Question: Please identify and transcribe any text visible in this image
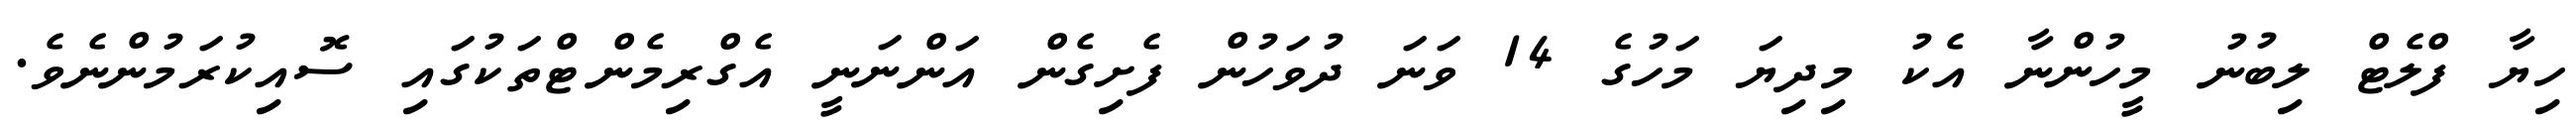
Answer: ހިޔާ ފްލެޓް ލިބުނު މީހުންނާ އެކު މިދިޔަ މަހުގެ 14 ވަނަ ދުވަހުން ފެށިގެން އަންނަނީ އެގްރިމެންޓްތަކުގައި ސޮއިކުރަމުންނެވެ.